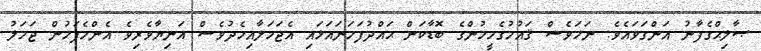
ޞާލިޙްގެފާނު އަންގަވައެވެ. ނަމަވެސް ޤައުމުގެމީހުންގެ ބޮޑާކަން ޙައްދުފަހަނައަޅައި އެޖަމަލާއިމެދުވެސް އަނިޔާވެރިވެ އެންމެފަހުން ޖަމަލު